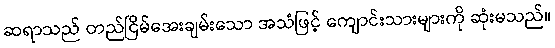
ဆရာသည် တည်ငြိမ်အေးချမ်းသော အသံဖြင့် ကျောင်းသားများကို ဆုံးမသည်။